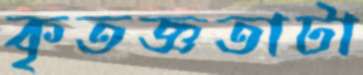
কৃতজ্ঞতাটা